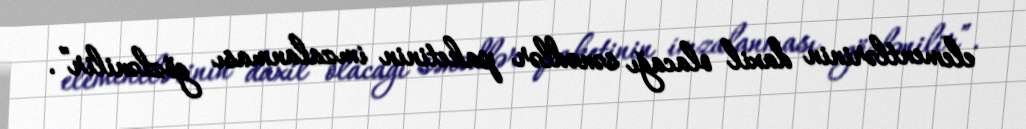
elementlərinin daxil olacağı sənədlər paketinin imzalanması gözlənilir”.